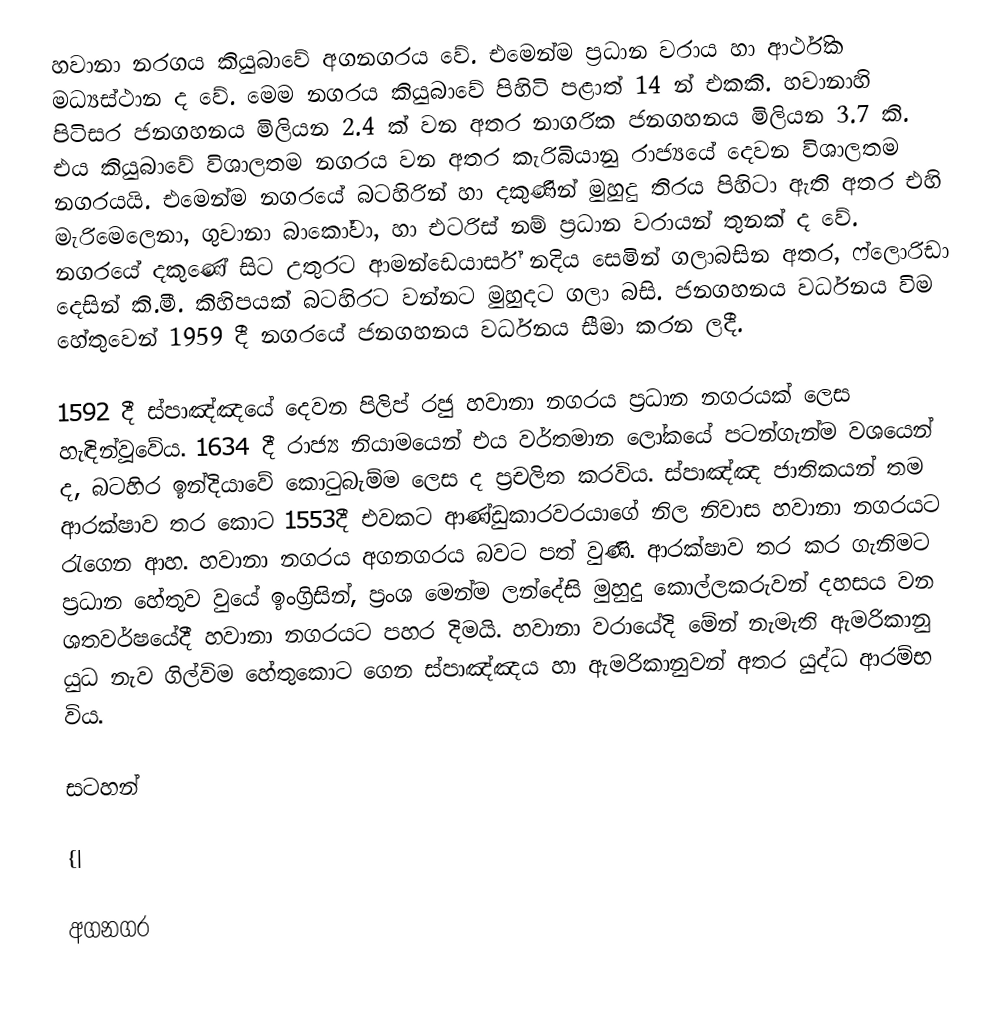
හවානා නරගය කියුබාවේ අගනගරය වේ. එමෙන්ම ප්‍රධාන වරාය හා ආර්ථික මධ්‍යස්ථාන ද වේ. මෙම නගරය කියුබාවේ පිහිටි පළාත් 14 න් එකකි. හවානාහි පිටිසර ජනගහනය මිලියන 2.4 ක් වන අතර නාගරික ජනගහනය මිලියන 3.7 කි. එය කියුබාවේ විශාලතම නගරය වන අතර කැරිබියානු රාජ්‍යයේ දෙවන විශාලතම නගරයයි. එමෙන්ම නගරයේ බටහිරින් හා දකුණින් මුහුදු තිරය පිහිටා ඇති අතර එහි මැරිමෙලෙනා, ගුවානා බාකෝවා, හා එටරිස් නම් ප්‍රධාන වරායන් තුනක් ද වේ. නගරයේ දකුණේ සිට උතුරට ආමන්ඩෙයාර්ස් නදිය සෙමින් ගලාබසින අතර, ෆ්ලොරිඩා දෙසින් කි.මී. කිහිපයක් බටහිරට වන්නට මුහුදට ගලා බසි. ජනගහනය වර්ධනය විම හේතුවෙන් 1959 දී නගරයේ ජනගහනය වර්ධනය සීමා කරන ලදී.

1592 දී ස්පාඤ්ඤයේ දෙවන පිලිප් රජු හවානා නගරය ප්‍රධාන නගරයක් ලෙස හැඳින්වූවේය. 1634 දී රාජ්‍ය නියාමයෙන් එය වර්තමාන ලෝකයේ පටන්ගැන්ම වශයෙන් ද, බටහිර ඉන්දියාවේ කොටුබැම්ම ලෙස ද ප්‍රචලිත කරවිය. ස්පාඤ්ඤ ජාතිකයන් තම ආරක්ෂාව තර කොට 1553දී එවකට ආණ්ඩුකාරවරයාගේ නිල නිවාස හවානා නගරයට රැගෙන ආහ. හවානා නගරය අගනගරය බවට පත් වුණි. ආරක්ෂාව තර කර ගැනිමට ප්‍රධාන හේතුව වුයේ ඉංග්‍රිසින්, ප්‍රංශ මෙන්ම ලන්දේසි මුහුදු කොල්ලකරුවන් දහසය වන ශතවර්ෂයේදී හවානා නගරයට පහර දිමයි. හවානා වරායේදි මේන් නැමැති ඇමරිකානු යුධ නැව ගිල්විම හේතුකොට ගෙන ස්පාඤ්ඤය හා ඇමරිකානුවන් අතර යුද්ධ ආරම්භ විය.

සටහන්

{|

අගනගර